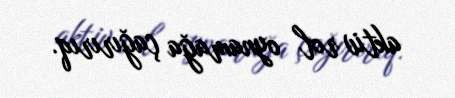
aktiv rol oynamağa çağırırıq.